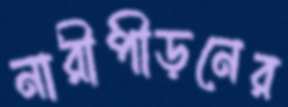
নারীপীড়নের